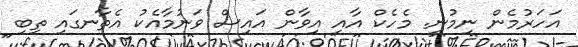
އަހަރުމެން ނިމުނީ. މެހެކް އާއި އިވާން އައިސް ވަނުމާއެކު އެތާނގައި ތިބި